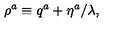
\rho ^ { a } \equiv q ^ { a } + \eta ^ { a } / \lambda ,